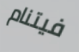
فيتنام